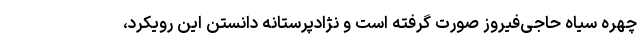
چهره سیاه حاجی‌فیروز صورت گرفته است و نژادپرستانه دانستن این رویکرد،